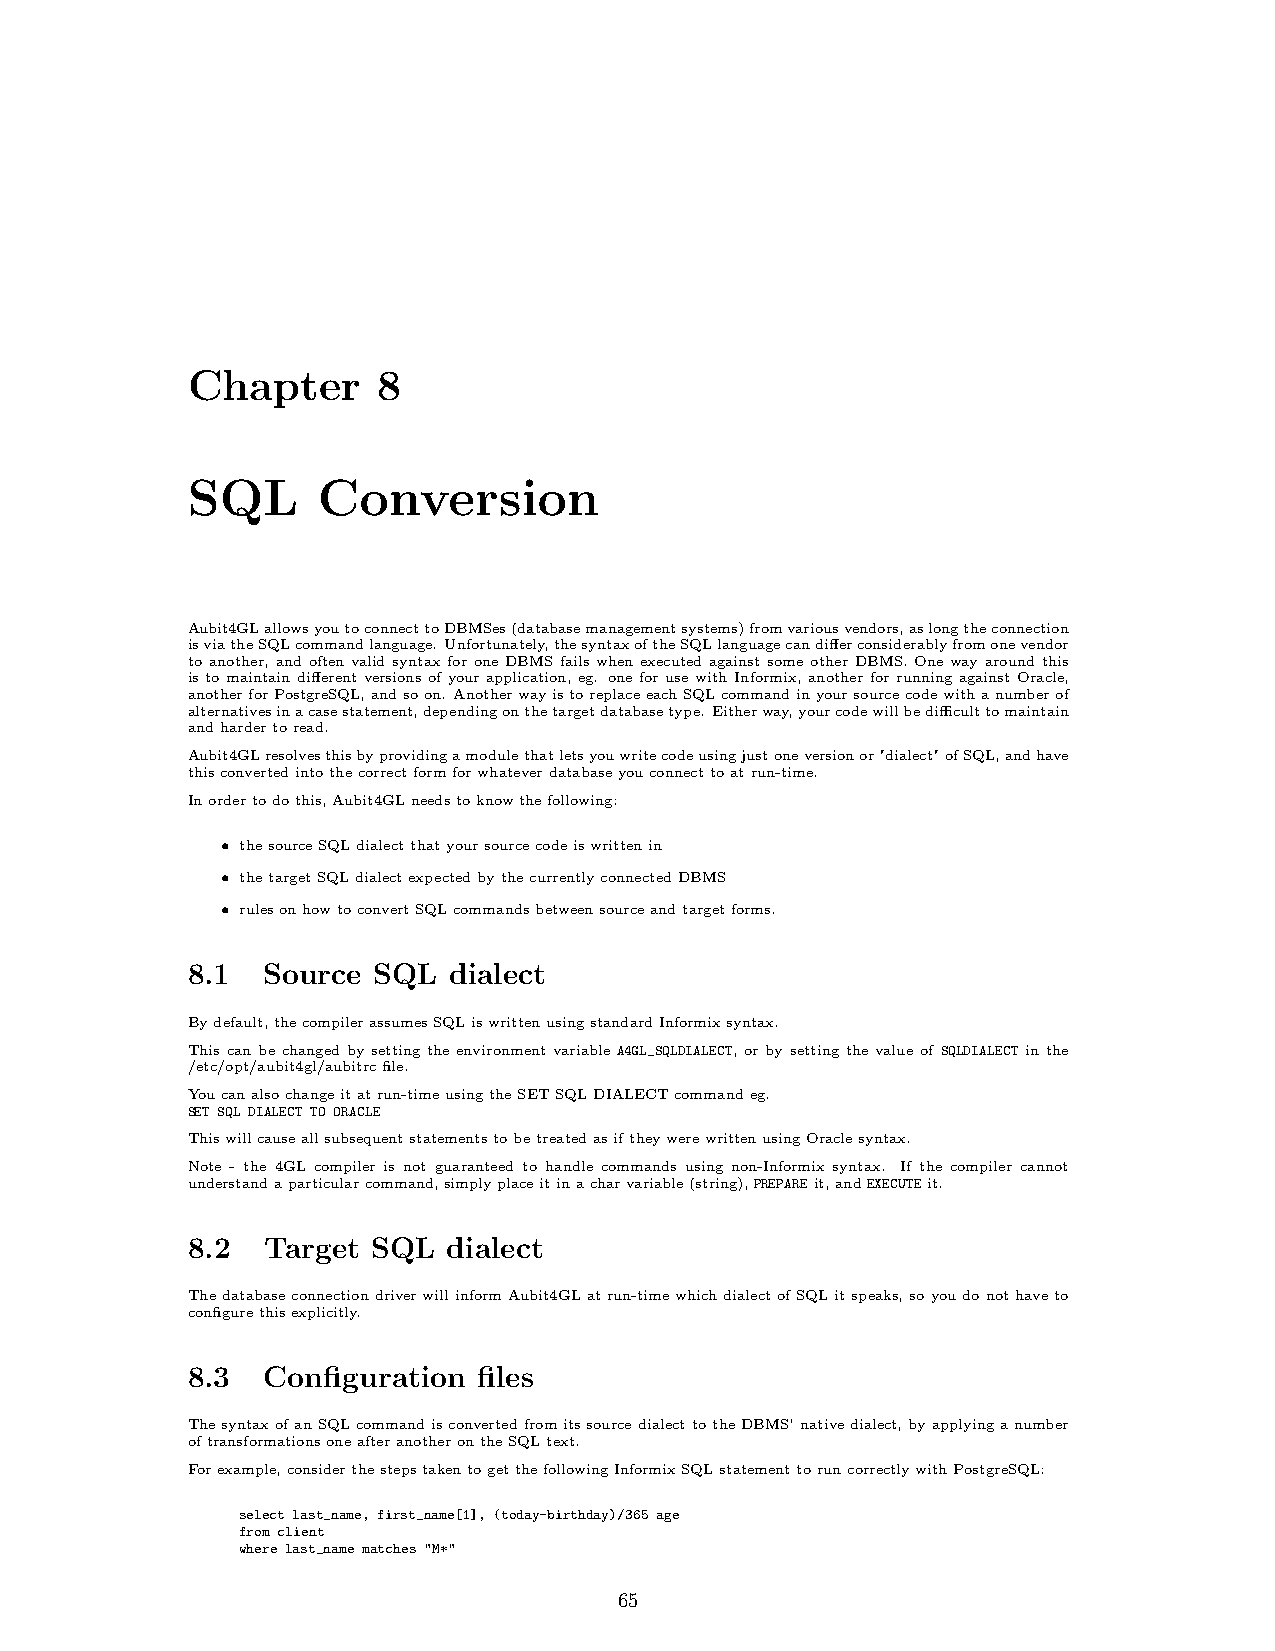
Chapter      8
 SQL      Conversion
 Aubit4GLallowsyoutoconnecttoDBMSes(databasemanagementsystems)fromvariousvendors,aslongtheconnection
 isviatheSQLcommandlanguage. Unfortunately,thesyntaxoftheSQLlanguagecandifferconsiderablyfromonevendor
 to another, and often valid syntax for one DBMS fails when executed against some other DBMS. One way around this
 is to maintain different versions of your application, eg. one for use with Informix, another for running against Oracle,
 anotherforPostgreSQL,andsoon. AnotherwayistoreplaceeachSQLcommandinyoursourcecodewithanumberof
 alternativesinacasestatement,dependingonthetargetdatabasetype. Eitherway,yourcodewillbedifficulttomaintain
 andhardertoread.
 Aubit4GLresolvesthisbyprovidingamodulethatletsyouwritecodeusingjustoneversionor"dialect"ofSQL,andhave
 thisconvertedintothecorrectformforwhateverdatabaseyouconnecttoatrun-time.
 Inordertodothis,Aubit4GLneedstoknowthefollowing:
 • thesourceSQLdialectthatyoursourcecodeiswrittenin
 • thetargetSQLdialectexpectedbythecurrentlyconnectedDBMS
 • rulesonhowtoconvertSQLcommandsbetweensourceandtargetforms.
 8.1  Source  SQL  dialect
 Bydefault,thecompilerassumesSQLiswrittenusingstandardInformixsyntax.
 This can be changed by setting the environment variable A4GL_SQLDIALECT, or by setting the value of SQLDIALECT in the
 /etc/opt/aubit4gl/aubitrcfile.
 Youcanalsochangeitatrun-timeusingtheSETSQLDIALECTcommandeg.
 SET SQL DIALECT TO ORACLE
 ThiswillcauseallsubsequentstatementstobetreatedasiftheywerewrittenusingOraclesyntax.
 Note - the 4GL compiler is not guaranteed to handle commands using non-Informix syntax. If the compiler cannot
 understandaparticularcommand,simplyplaceitinacharvariable(string),PREPAREit,andEXECUTEit.
 8.2  Target  SQL  dialect
 ThedatabaseconnectiondriverwillinformAubit4GLatrun-timewhichdialectofSQLitspeaks,soyoudonothaveto
 configurethisexplicitly.
 8.3  Configuration  files
 ThesyntaxofanSQLcommandisconvertedfromitssourcedialecttotheDBMS’nativedialect,byapplyinganumber
 oftransformationsoneafteranotherontheSQLtext.
 Forexample,considerthestepstakentogetthefollowingInformixSQLstatementtoruncorrectlywithPostgreSQL:
 select last_name, first_name[1], (today-birthday)/365 age
 from client
 where last_name matches "M*"
 65